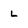
Character: l